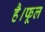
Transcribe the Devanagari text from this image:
है।फूल